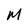
Character: M